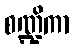
စဏ္ဍိကာ